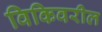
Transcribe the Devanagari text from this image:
विकिवरील